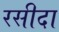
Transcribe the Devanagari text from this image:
रसीदा